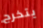
يتخرج